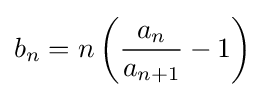
b_{n}=n\left({\frac {a_{n}}{a_{n+1}}}-1\right)